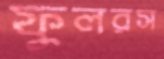
ফুলরস